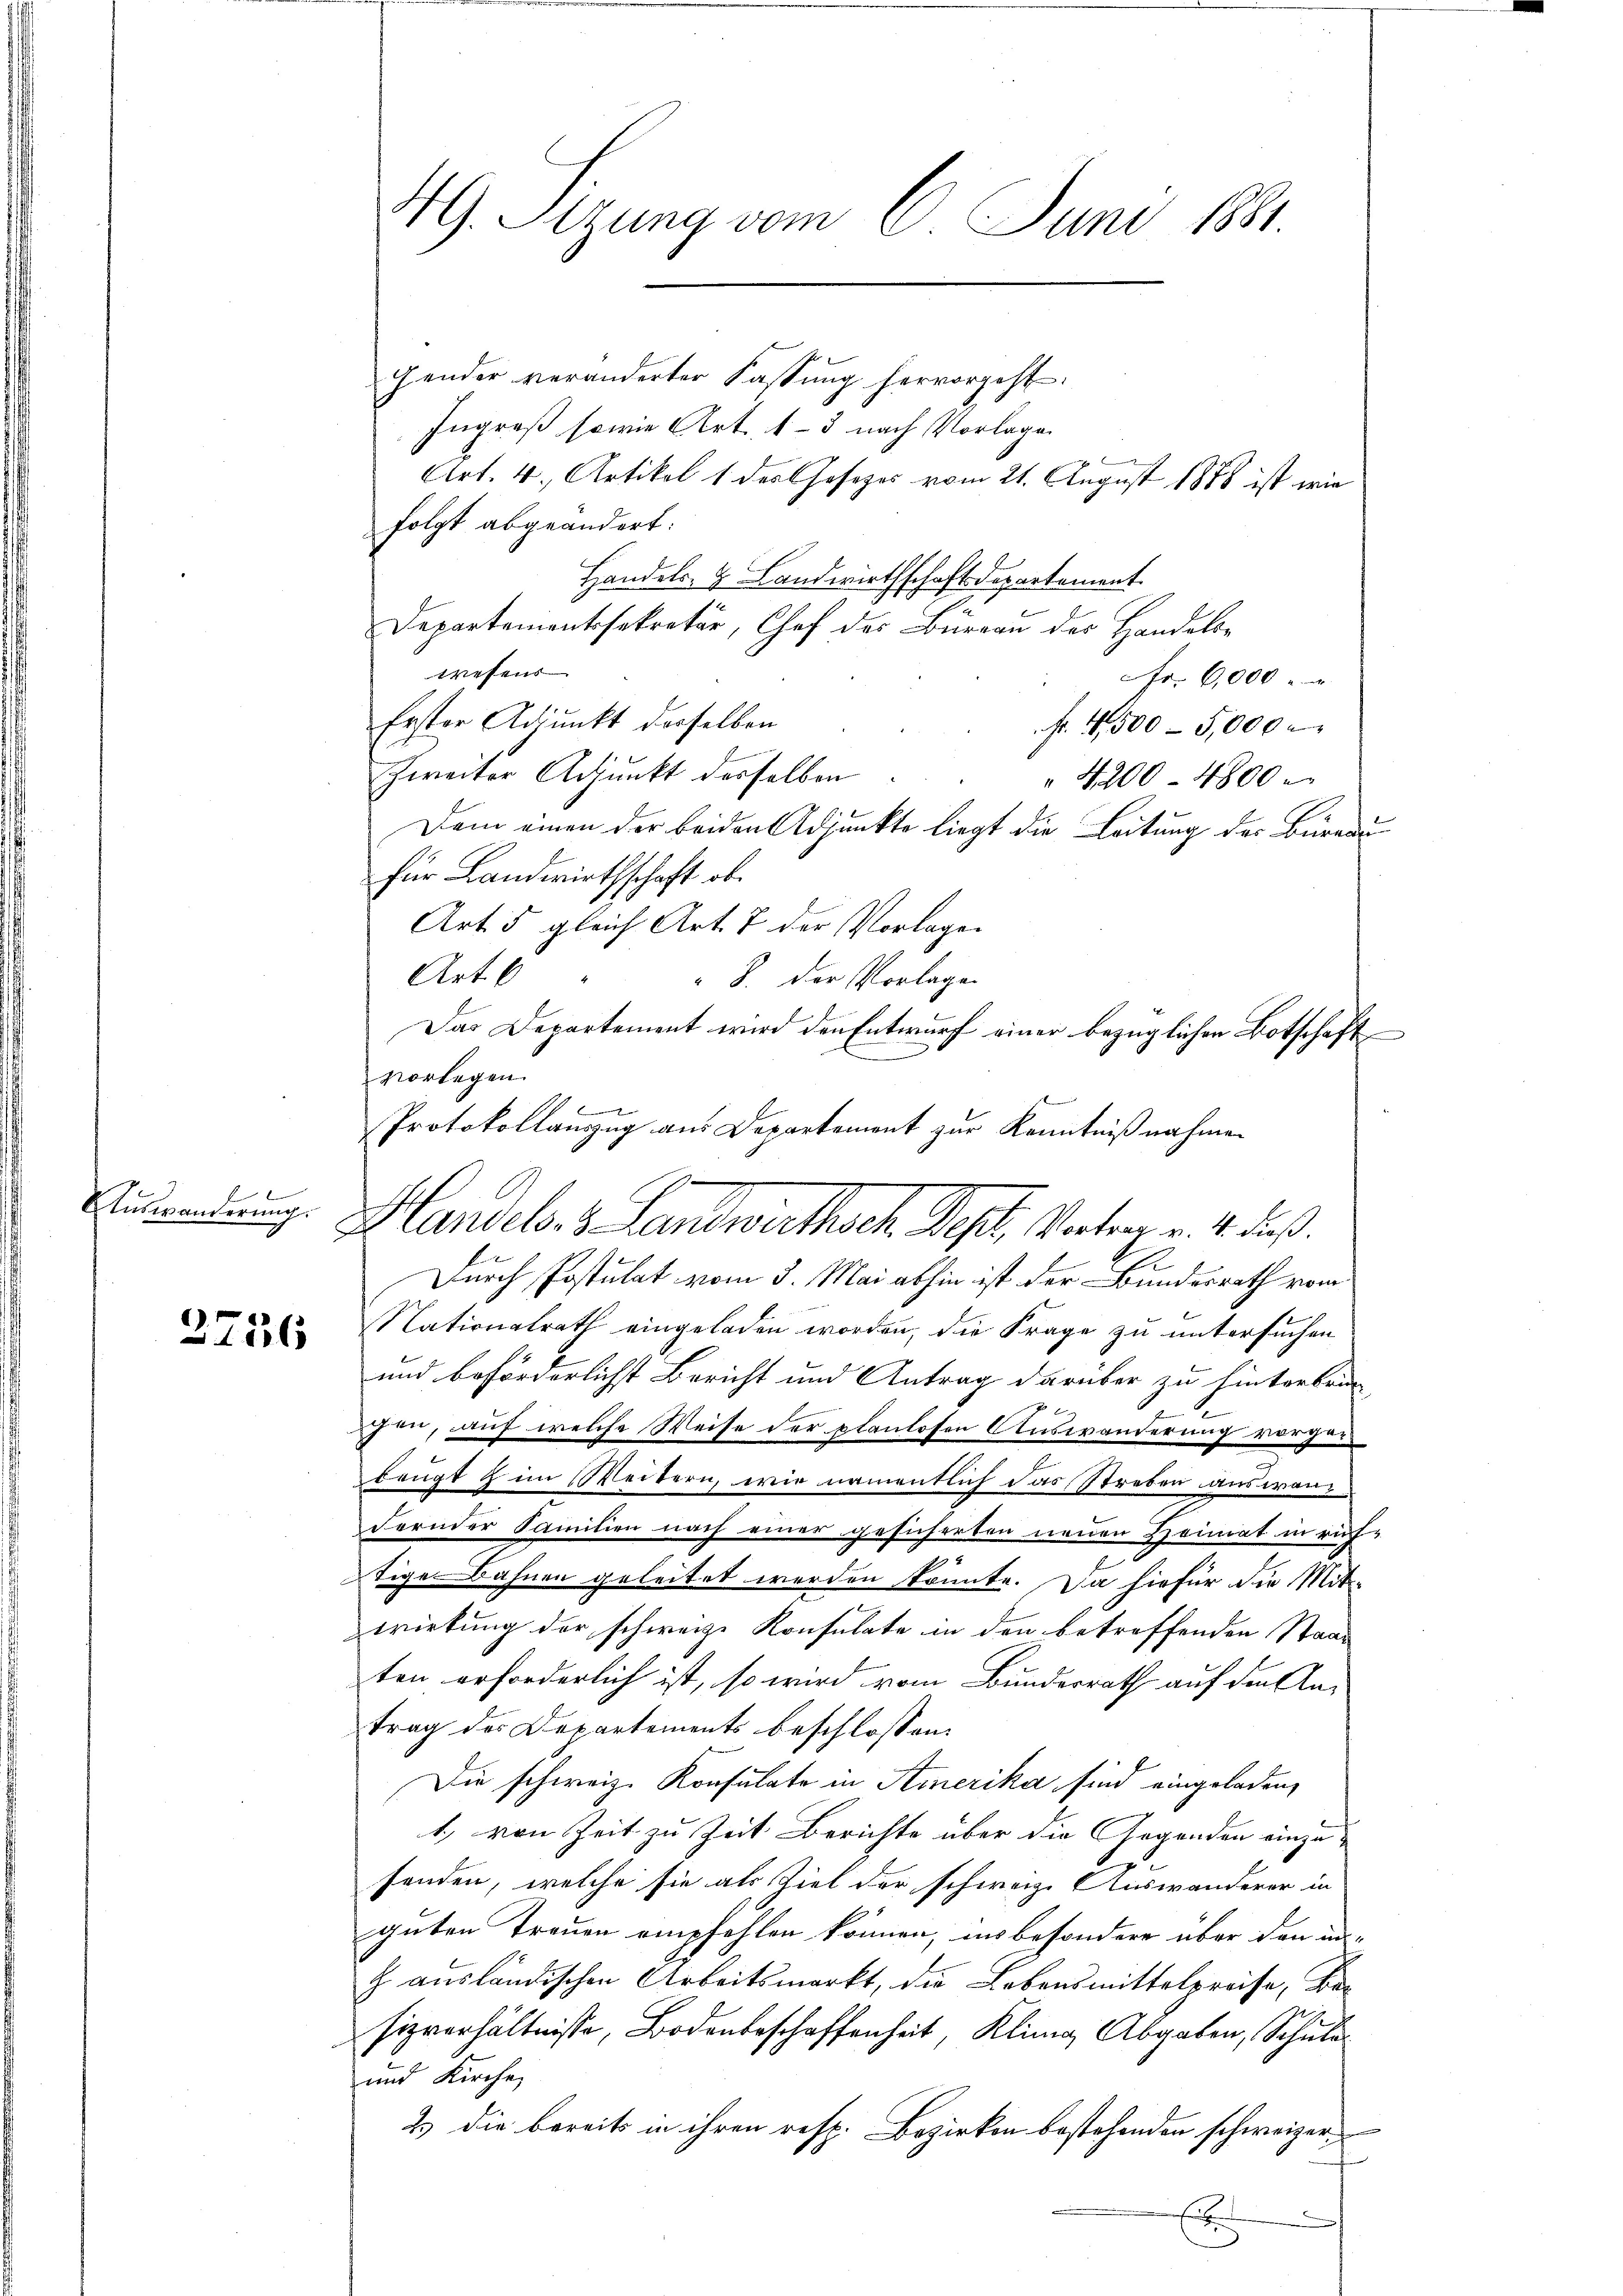
keine
Auswanderung.

2756

HG. Sitzung vom 8. Juni 1881

gender veränderter Fassung hervorgeht.
Ingroß sowie Art. 1–3 nach Vorlage
2
Art. 4., Artikel 1 des Gesezes vom 21. August 1878 ist wie
folgt abgeändert:
Handels- & Landwirthschaftsdepartement.
Departementssekretär, Chef der Büreau der Handele
wesens
Fr. 6,000
Erster Adjunkt derselben
fr. 4500-5,000
Zweiter Adjunkt desselben
 4200 - 4800
Dem einen der beiden Adjunkte liegt die Leitung des Büreau
für Landwirthschaft ob¬
Art 5 gleich Art. 7 der Vorlagen
Art. 6
6
 8. Der Vorlage
Das Departement wird den Entwurf einer bezüglichen Botschaft
vorlegen.

Protokollauszug aus Departement zur Kenntnißnahmen
Durch Postulat vom 3. Mai abhin ist der Bundesrath vom
Nationalrath eingeladen worden, die Frage zu untersuchen
und beförderlichst Bericht und Antrag darüber zu hinterbrin
hen, auf welche Weise der planlosen Auswanderung vorge
beugt z im Weitern, wie namentlich das Streben auswan¬
Fernder Samilien nach einer gesicherten neuen Heimat in ruf-
tige Bahnen geleitet werden könnte. Da hiefür die Mit-
wirkung der schweize Konsulate in den betreffenden Staat
ten erforderlich ist, so wird vom Bundesrath auf den An-
trag des Departements beschlossen:
Die schweiz. Konsulate in Amerika sind eingeladen,
1) von Zeit zu Zeit Berichte über die Gegenden einzusenden, welche sie als Ziel der schweiz. Auswanderer in
guten Treuen empfehlen können, ins besondere über den in-
h ausländischen Arbeitsmarkt, die Lebensmittelpreise, Besizverhältnisse, Bodenbeschaffenheit, Kling Abgaben, Schule
und Kirche
2.) Die bereits in ihren resp. Bezirken bestehenden schweizer-
f

Handels. 8. Landwirthsch. Sept, Vertrag v. 4. dieß